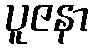
ပူဇနာ